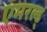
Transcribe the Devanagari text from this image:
एमरल्ड्